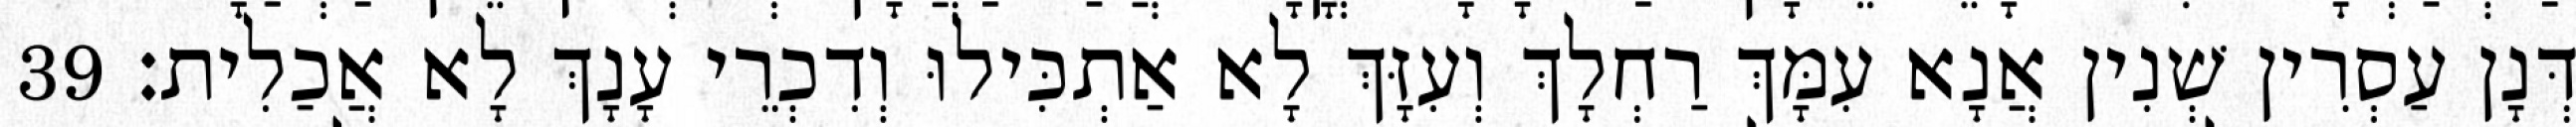
דְּנָן עַסְרִין שְׁנִין אֲנָא עִמָּךְ רַחְלָךְ וְעִזָּךְ לָא אַתְכִּילוּ וְדִכְרֵי עָנָךְ לָא אֲכַלִית׃ 39